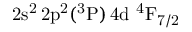
\mathrm { 2 s ^ { 2 } \, 2 p ^ { 2 } ( ^ { 3 } P ) \, 4 d ~ ^ { 4 } F _ { 7 / 2 } }